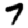
Digit: 7